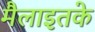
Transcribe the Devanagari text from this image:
मैलाइतके